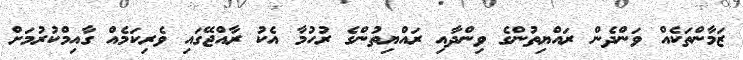
ޒަމާންތަކެއް ވަންދެން ރައްޔިތުންގެ ވިންދާއި ރައްޔިތުންގެ ރުހުމާ އެކު ރާއްޖޭގައި ވެރިކަމެއް ގާއިމްކުރުމަށް